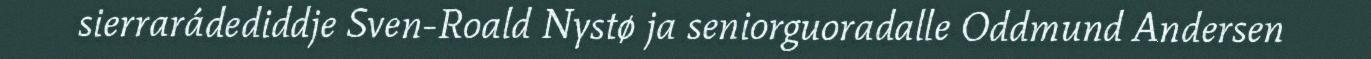
sierrarádediddje Sven-Roald Nystø ja seniorguoradalle Oddmund Andersen